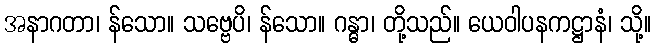
အနာဂတာ၊ န်သော။ သဗ္ဗေပိ၊ န်သော။ ဂန္ဓာ၊ တို့သည်။ ယေဝါပနကဋ္ဌာနံ၊ သို့။